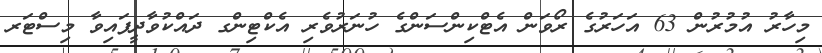
މިހާރު އުމުރުން 63 އަހަރުގެ ރޯވަން އެޓްކިންސަންގެ ހުނަރުވެރި އެކްޓިންގ ދައްކުވާދީފައިވާ މިސްޓަރ